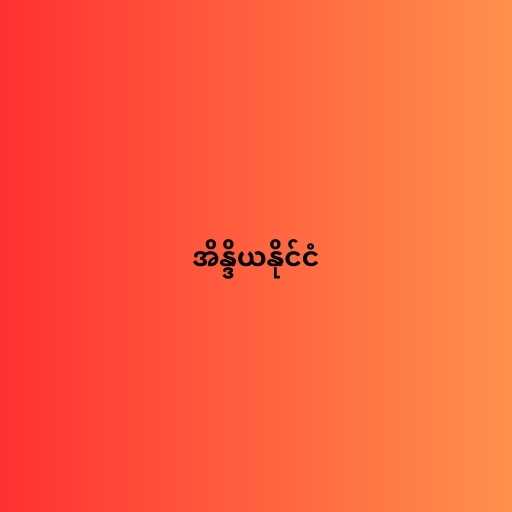
အိန္ဒိယနိုင်ငံ